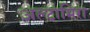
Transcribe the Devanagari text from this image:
अल्टामिरा